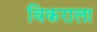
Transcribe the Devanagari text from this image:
विकराला